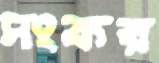
সংকর